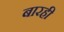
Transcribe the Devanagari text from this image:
बारही